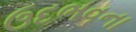
ઉદભવના